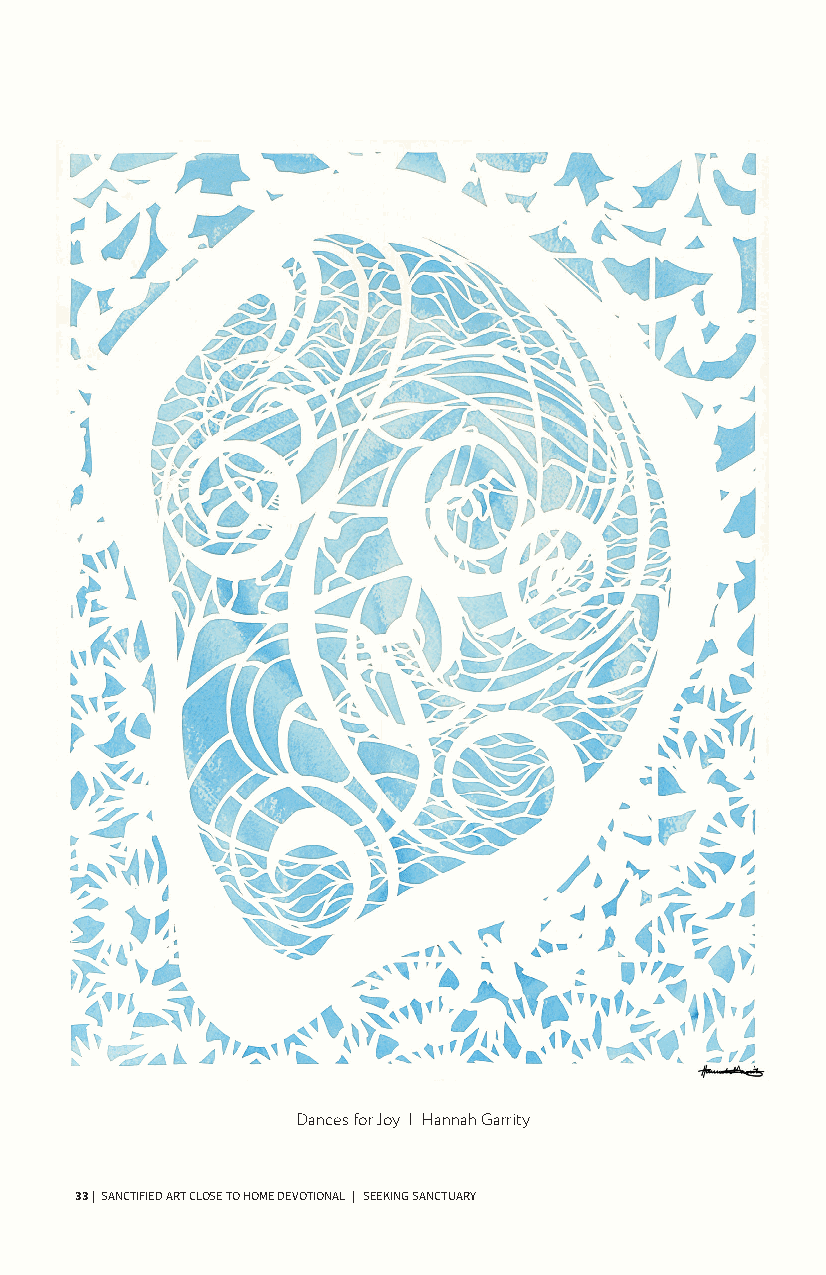
Monday   | A Home   for  aLL (Joy)
 Read Luke 3:1-18
 Commentary Elder Vilmarie Cintrón-Olivieri
 “No te duermas en los laureles.”
 The scripture for this week focuses on John’s prophetic message.
 Though his words might sound harsh (“You brood of vipers!” (v. 7)),
 it is a message of good news—of change, forgiveness, and justice—to
 a suffering people. God called John for a specific place and time (v.
 1-4), and his cry from the wilderness, as written in Isaiah, proclaimed
 leveled valleys and righted wrongs. This was, and is, a message of joy,
 especially for those who had lost hope, hurt by the inequities and
 injustices perpetrated by the empire and the religious authorities
 aligned with it. The world as they knew it was about to change.
 Crowds came to John to be baptized, and he charged them with
 “bearing fruit worthy of repentance” (v. 8), not relying on past glories,
 heritage, or lineage, but producing their own fruit, living and acting in
 ways that demonstrated true change. Resting on their laurels for far
 too long, the crowd wasn’t quite sure how to do that, and John offers
 words of wisdom. Instead of accumulating, share with others what
 you have. Instead of being indifferent or selfish, show consideration
 and compassion. Instead of taking advantage and preying on the
 vulnerable, be satisfied with what you have and treat others fairly
 and with dignity. . . even if you work for the empire (v. 12-14).
 What implications does John's message have for us kin-dom builders
 today? If “all flesh shall see the salvation of God” (v. 6), we all have a part
 to play in the salvation story, in leveling valleys and righting wrongs.
 Like John, we are also called for a specific place and time: Here and
 now. Be at the ready, no te duermas en los laureles,⁹ and bear fruit worthy
 of repentance, clothing the naked, feeding the hungry, giving voice to
 the silenced and oppressed, speaking truth to power, and protecting
 and empowering the vulnerable. Let our collective voice cry out in the
 wilderness—and everywhere—with exhortations and good news. And,
 as the message is heard, more and more people will join us in building
 the kin-dom of God, making it truly a home for all.
 Dances for Joy | Hannah Garrity
 9 “Don’t rest on your laurels.”
 33 | SANCTIFIED ART CLOSE TO HOME DEVOTIONAL | SEEKING SANCTUARY          SANCTIFIED ART CLOSE TO HOME DEVOTIONAL | A HOME FOR ALL | 22